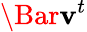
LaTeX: \Bar{\mathbf{v}}^{t}